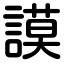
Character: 謨